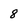
Character: 8